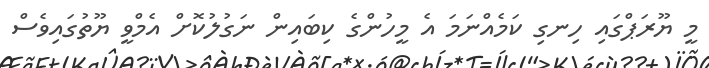
މީ ޔޫރަޕްގައި ހިނގި ކަމެއްނަމަ އެ މީހުންގެ ކިބައިން ނަގުލުކޮށް އެމްވީ ޔޫތުގައިވެސް